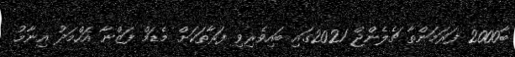
ބާ2000 ފަރަމަންތާ ޗެލެންޖް 2021ގައި ބައިވެރިވި ފަރާތަކަށް މެޑަމް ފަޒްނާ އަހްމަދު އިނާމު